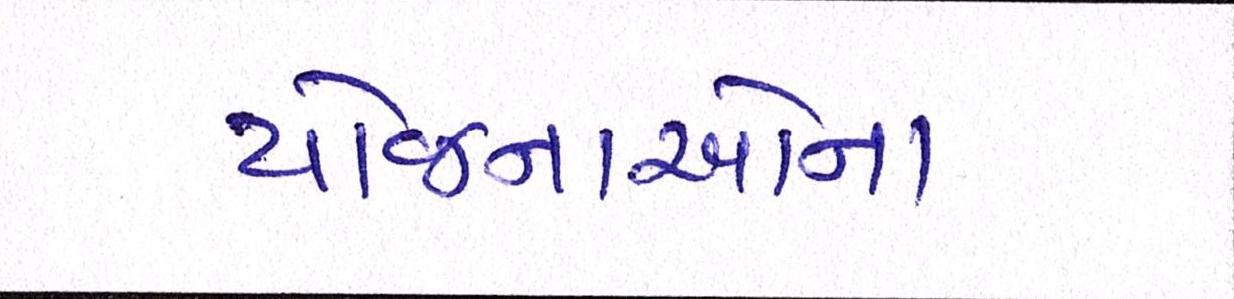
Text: યોજનાઓના